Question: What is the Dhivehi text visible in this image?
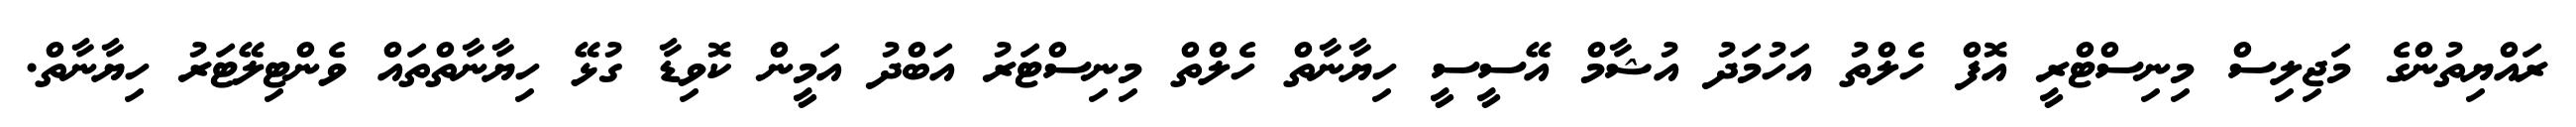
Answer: ރައްޔިތުންގެ މަޖިލިސް މިނިސްޓްރީ އޮފް ހެލްތު އަހުމަދު އުޝާމް އޭސީސީ ހިޔާނާތް ހެލްތް މިނިސްޓަރު އަބްދު އަމީން ކޮވިޑާ ގުޅޭ ހިޔާނާތްތައް ވެންޓިލޭޓަރު ހިޔާނާތް.